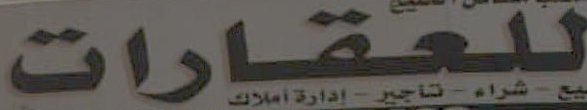
للعقارات